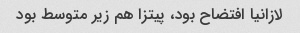
لازانیا افتضاح بود، پیتزا هم زیر متوسط بود